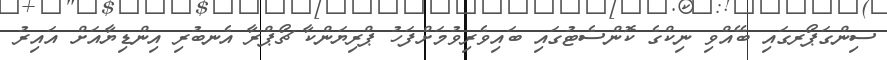
ސިންގަޕޯރގައި ބޭއްވި ނިކްގެ ކޮންސެޓުގައި ބައިވެރިވުމަށްފަހު ޕްރިޔަންކާ ޗޯޕްރާ އެނބުރި އިންޑިޔާއަށް އައިރު